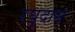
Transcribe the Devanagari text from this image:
रघुदास